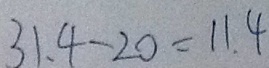
3 1 . 4 - 2 0 = 1 1 . 4